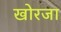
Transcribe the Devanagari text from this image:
खोरजा